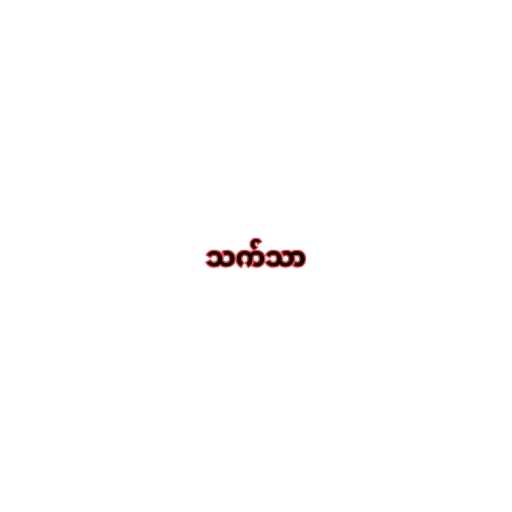
သက်သာ